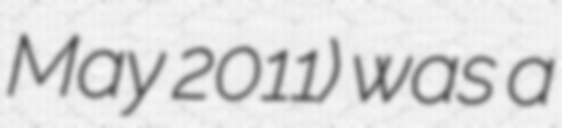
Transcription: May 2011) was a